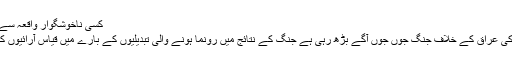
کسی ناخوشگوار واقعہ سے صرفِ نظر نہیں کرنا چاہیے
امریکہ اور اس کے اتحادیوں کی عراق کے خلاف جنگ جوں جوں آگے بڑھ رہی ہے جنگ کے نتائج میں رونما ہونے والی تبدیلیوں کے بارے میں قیاس آرائیوں کا سلسلہ تیز تر ہوتا جا رہا ہے۔